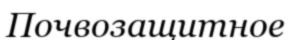
Почвозащитное